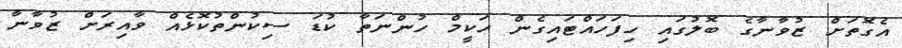
އެގޮތަށް ޒުވާނާގެ ބޮޮލުގައި ހިފަހައްޓައިގެން ހަކީމް ހުންނަތާ ކުޑަ ސިކުންތުކޮޅެއް ވާއިރަށް ޒުވާނާ